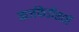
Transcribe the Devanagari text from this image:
कर्जफेडीसाठी